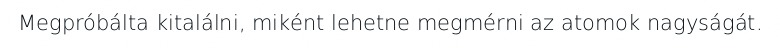
Megpróbálta kitalálni, miként lehetne megmérni az atomok nagyságát.